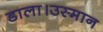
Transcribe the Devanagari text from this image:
डाला।उस्मान